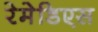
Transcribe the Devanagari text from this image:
रेमेडिएस